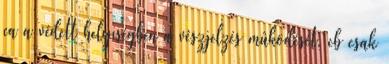
ca a védett helyiségben a vészjelzés mûködését, cb csak